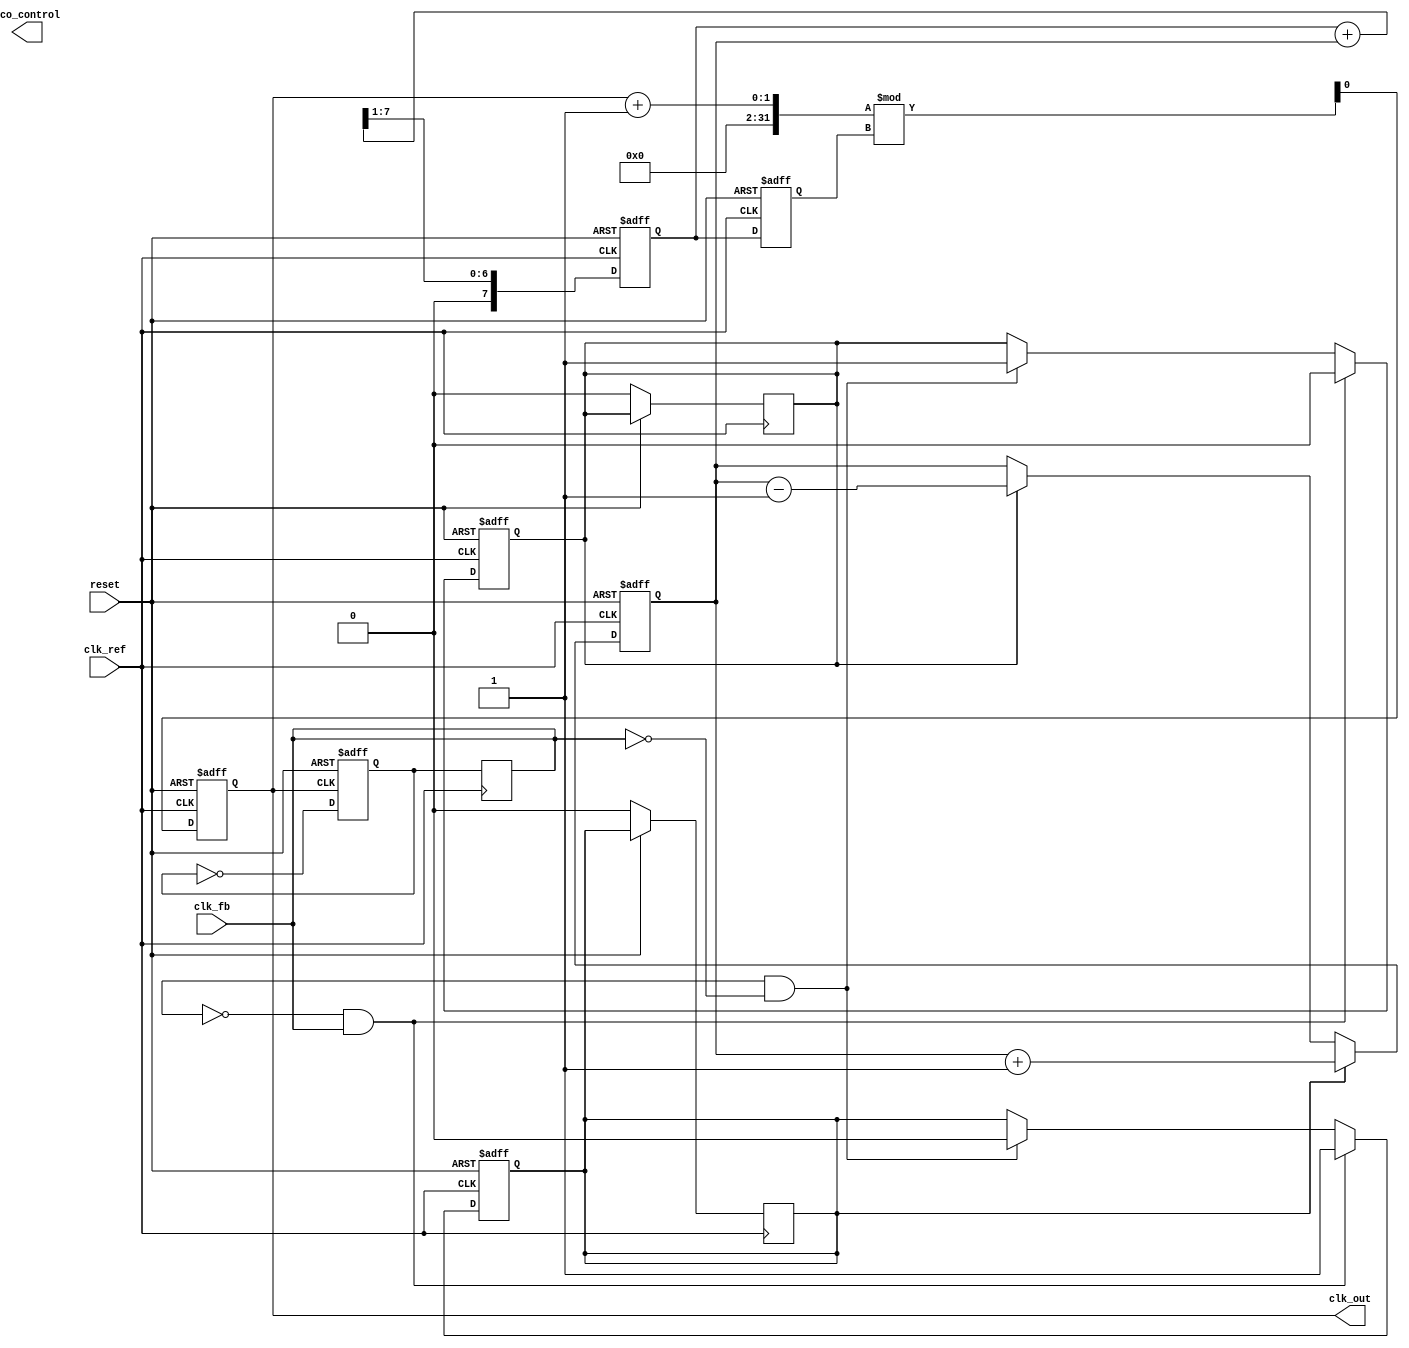
module cp_pll (
    input wire clk_ref,            // Reference Clock
    input wire clk_fb,             // Feedback Clock
    input wire reset,              // Reset signal
    output reg clk_out,            // Output Clock
    output reg [7:0] vco_control   // Control voltage for VCO (for simplicity, this can be extended)
);

    // Phase Frequency Detector (PFD) signals
    reg pfd_up, pfd_down;
    reg last_clk_ref, last_clk_fb;

    // Charge Pump signals
    reg [7:0] charge_pump_output;

    // Loop Filter (Simple averaged version)
    reg [7:0] loop_filter_output;

    // VCO (Simplified version)
    reg [7:0] vco_frequency;

    // Feedback Divider (assuming a division value of 2 for simplicity)
    reg clk_fb_div;

    // PFD implementation
    always @(posedge clk_ref or posedge reset) begin
        if (reset) begin
            pfd_up <= 0;
            pfd_down <= 0;
        end else begin
            last_clk_ref <= clk_ref;
            if (last_clk_fb == 0 && clk_fb == 1) begin // Rising edge of clk_fb
                pfd_up <= 1;
                pfd_down <= 0;
            end else if (last_clk_fb == 1 && clk_fb == 0) begin // Falling edge of clk_fb
                pfd_down <= 1;
                pfd_up <= 0;
            end
        end
    end
    
    // Charge Pump implementation
    always @(posedge clk_ref or posedge reset) begin
        if (reset) begin
            charge_pump_output <= 8'b0;
        end else begin
            if (pfd_up) begin
                charge_pump_output <= charge_pump_output + 1; // Arbitrary current increment
            end else if (pfd_down) begin
                charge_pump_output <= charge_pump_output - 1; // Arbitrary current decrement
            end
            // Reset PFD signals
            pfd_up <= 0;
            pfd_down <= 0;
        end
    end

    // Loop Filter implementation (simple averaging)
    always @(posedge clk_ref or posedge reset) begin
        if (reset) begin
            loop_filter_output <= 8'b0;
        end else begin
            loop_filter_output <= (loop_filter_output + charge_pump_output) >> 1; // Simple averaging filter
        end
    end

    // VCO implementation (simplified)
    always @(posedge clk_ref or posedge reset) begin
        if (reset) begin
            vco_frequency <= 8'b0;
            clk_out <= 1'b0;
        end else begin
            vco_frequency <= loop_filter_output; // Control frequency based on loop filter output
            clk_out <= (clk_out + 1) % (vco_frequency); // Generate clock based on frequency value
        end
    end

    // Feedback Divider implementation
    always @(posedge clk_out or posedge reset) begin
        if (reset) begin
            clk_fb_div <= 0;
        end else begin
            clk_fb_div <= ~clk_fb_div; // Simple toggle for division by 2
        end
    end

    // Feedback to PFD
    always @(posedge clk_ref) begin
        clk_fb <= clk_fb_div; // Connect the divided feedback
    end

endmodule